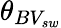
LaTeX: \theta_{BV_{sw}}